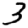
Digit: 3